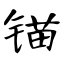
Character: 锚